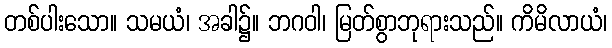
တစ်ပါးသော။ သမယံ၊ အခါ၌။ ဘဂဝါ၊ မြတ်စွာဘုရားသည်။ ကိမိလာယံ၊